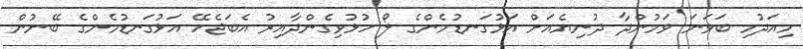
މިއަދުމި ބަވަނަ ވަމުންދާ ދުނިޔެއަށް އަޅުގަނޑުމެންގެ ލޯ ހުޅުވިގެންދާއިރު އެބަޖެހޭ އަޅުގަނޑުމެންގެ ބޭނުން